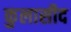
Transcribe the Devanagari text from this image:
कुलासीद